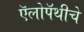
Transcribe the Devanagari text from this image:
ऍलोपॅथीचे